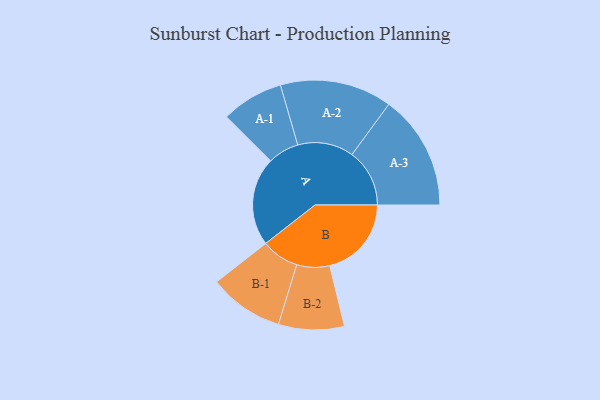
{"axis": {"x": "Segment", "y": "Value"}, "legend": ["", "A", "B"], "data": [{"x": "A", "y": 459, "type": ""}, {"x": "B", "y": 423, "type": ""}, {"x": "A-1", "y": 161, "type": "A"}, {"x": "A-2", "y": 290, "type": "A"}, {"x": "A-3", "y": 298, "type": "A"}, {"x": "B-1", "y": 194, "type": "B"}, {"x": "B-2", "y": 170, "type": "B"}]}